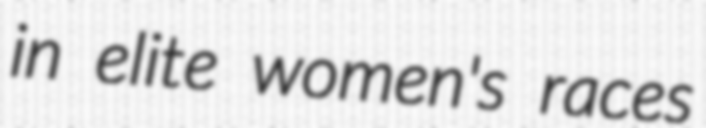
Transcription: in elite women's races